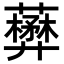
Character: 𧃺